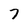
Character: 7